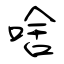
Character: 啥